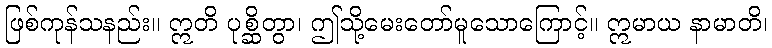
ဖြစ်ကုန်သနည်း။ ဣတိ ပုစ္ဆိတွာ၊ ဤသို့မေးတော်မူသောကြောင့်။ ဣမာယ နာမာတိ၊